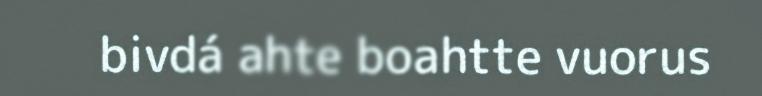
bivdá ahte boahtte vuorus